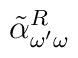
\:\tilde{\alpha }_{\omega'\omega}^{R}\: